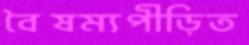
বৈষম্যপীড়িত